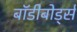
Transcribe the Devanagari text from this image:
बॉडीबोर्ड्स